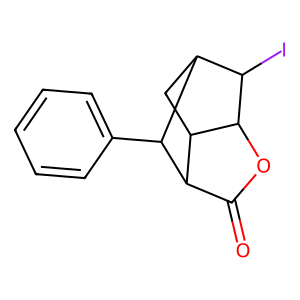
SMILES: O=C1OC2C(I)C3CC2C1C3c1ccccc1
Inhibits HIV replication: No